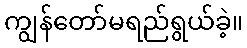
ကျွန်တော်မရည်ရွယ်ခဲ့။